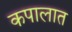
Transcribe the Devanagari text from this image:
कपालात